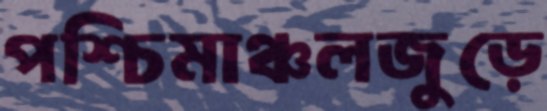
পশ্চিমাঞ্চলজুড়ে